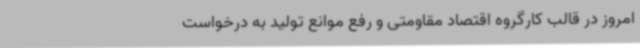
امروز در قالب کارگروه اقتصاد مقاومتی و رفع موانع تولید به درخواست